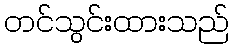
တင်သွင်းထားသည်